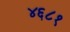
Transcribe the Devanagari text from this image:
४६८१